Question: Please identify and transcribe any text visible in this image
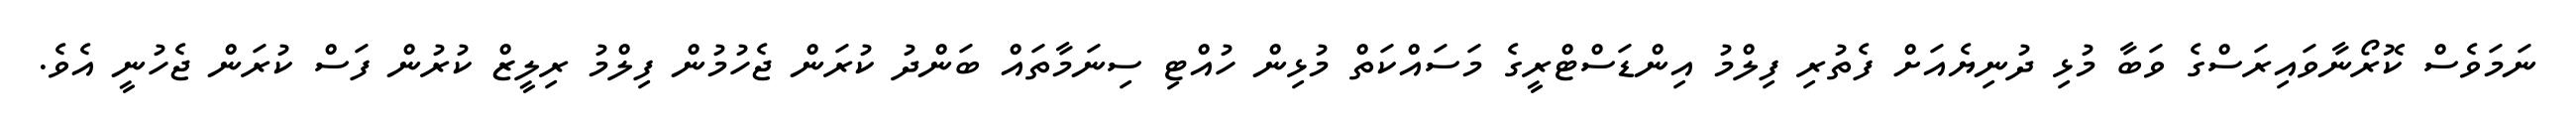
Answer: ނަމަވެސް ކޮރޯނާވައިރަސްގެ ވަބާ މުޅި ދުނިޔެއަށް ފެތުރި ފިލްމު އިންޑަސްޓްރީގެ މަސައްކަތް މުޅިން ހުއްޓި ސިނަމާތައް ބަންދު ކުރަން ޖެހުމުން ފިލްމު ރިލީޒް ކުރުން ފަސް ކުރަން ޖެހުނީ އެވެ.